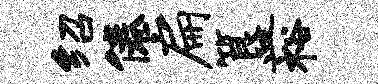
绍倦扁簋裕